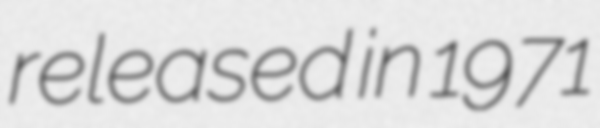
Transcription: released in 1971